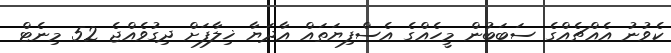
ކެވުނު އެއްޗެއްގެ ސަބަބުން މީހެއްގެ އެސްފިޔަތައް އާދަޔާ ޚިލާފަށް ދިގުވެއްޖެ 52 މިނެޓް